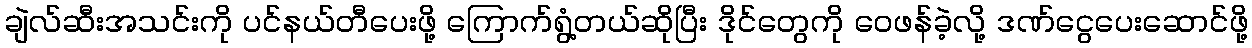
ချဲလ်ဆီးအသင်းကို ပင်နယ်တီပေးဖို့ ကြောက်ရွံ့တယ်ဆိုပြီး ဒိုင်တွေကို ဝေဖန်ခဲ့လို့ ဒဏ်ငွေပေးဆောင်ဖို့